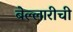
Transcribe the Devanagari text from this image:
बेल्लारीची